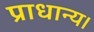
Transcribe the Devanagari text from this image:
प्राधान्य।